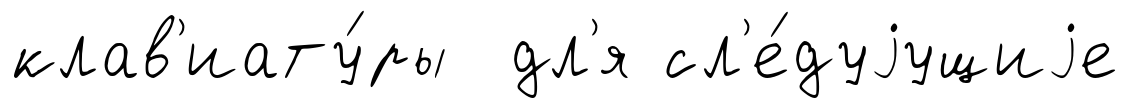
клав'иату́ры дл'я сл'е́дуjущиjе